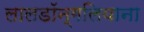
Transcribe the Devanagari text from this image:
लालडॉन्गलियाना